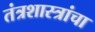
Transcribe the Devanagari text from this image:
तंत्रशास्त्रांचा